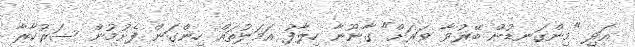
އަދި "މިންގަނޑުން ބޭރުވާ ވަރަށް" ގާނޫނާ ހިލާފު އަމަލުތައް ހިންގަން ފެށުމުން ސަރުކާރާ